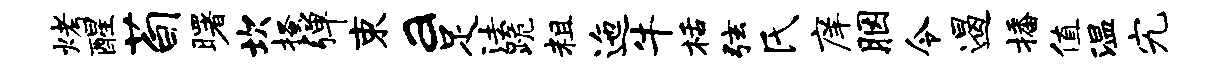
烤醒荀曙坎搔弹束a足法跪粗迤牛栝弦氏庠胭令遏播值温究